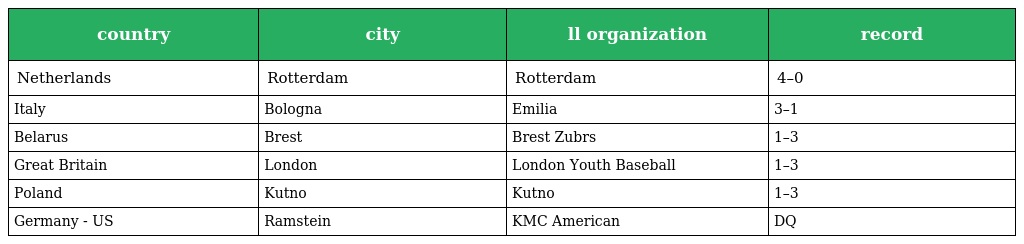
| country | city | ll organization | record |
 | --- | --- | --- | --- |
 | Netherlands | Rotterdam | Rotterdam | 4–0 |
 | Italy | Bologna | Emilia | 3–1 |
 | Belarus | Brest | Brest Zubrs | 1–3 |
 | Great Britain | London | London Youth Baseball | 1–3 |
 | Poland | Kutno | Kutno | 1–3 |
 | Germany - US | Ramstein | KMC American | DQ |